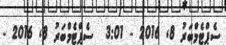
ސެޕްޓެމްބަރު 8